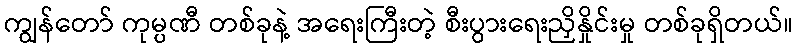
ကျွန်တော် ကုမ္ပဏီ တစ်ခုနဲ့ အရေးကြီးတဲ့ စီးပွားရေးညှိနှိုင်းမှု တစ်ခုရှိတယ်။